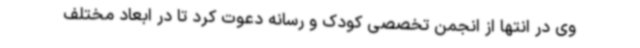
وی در انتها از انجمن تخصصی کودک و رسانه دعوت کرد تا در ابعاد مختلف